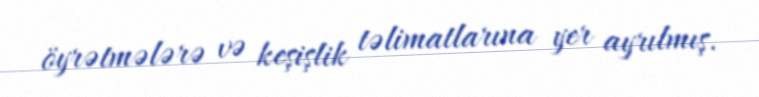
öyrətmələrə və keşişlik təlimatlarına yer ayrılmış.